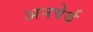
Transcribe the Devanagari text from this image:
अनवेर्थ